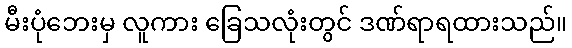
မီးပုံဘေးမှ လူကား ခြေသလုံးတွင် ဒဏ်ရာရထားသည်။